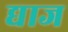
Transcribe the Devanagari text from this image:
द्याज